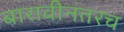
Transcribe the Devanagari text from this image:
बारावीनंतरच